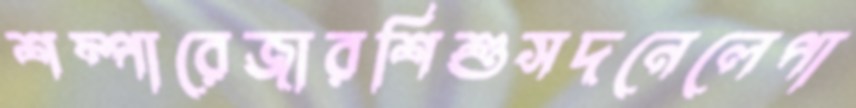
শম্পারেজারশিশুসদনেলেপা